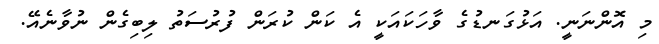
މި އޮންނަނީ. އަޅުގަނޑުގެ ވާހަކައަކީ އެ ކަން ކުރަން ފުރުސަތު ލިބިގެން ނުވާނެއޭ.